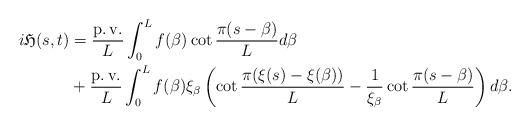
LaTeX: \begin{align*}i\mathfrak{H}(s,t) &= \frac {\operatorname{p.v.}}{L} \int_0^L f(\beta) \cot \frac {\pi(s-\beta)}{L} d\beta\\&+ \frac { \operatorname{p.v.}}{L} \int_0^L f(\beta) \xi_\beta \left(\cot \frac {\pi(\xi(s)-\xi(\beta))}{L}- \frac {1}{\xi_\beta} \cot\frac {\pi(s-\beta)}{L} \right)d\beta. \end{align*}